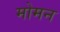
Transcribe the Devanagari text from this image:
मोमन